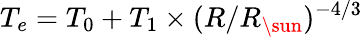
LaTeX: T_{e}=T_{0}+T_{1}\times(R/{R_{\sun}})^{-4/3}